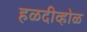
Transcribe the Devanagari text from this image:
हळदीव्होळ